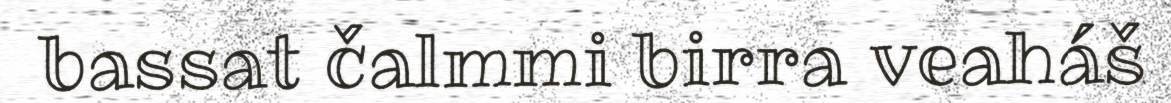
bassat čalmmi birra veaháš